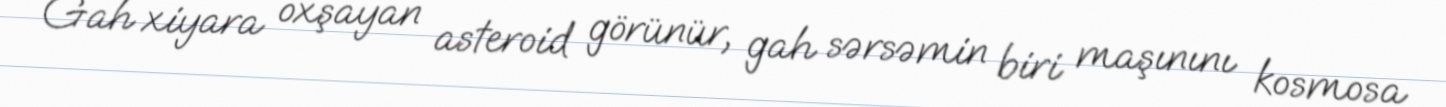
Gah xiyara oxşayan asteroid görünür, gah sərsəmin biri maşınını kosmosa